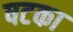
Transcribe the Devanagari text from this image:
षटका